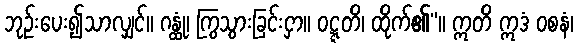
ဘုဉ်းပေး၍သာလျှင်။ ဂန္ထုံ၊ ကြွသွားခြင်းငှာ။ ဝဋ္ဋတိ၊ ထိုက်၏”။ ဣတိ ဣဒံ ဝစနံ၊